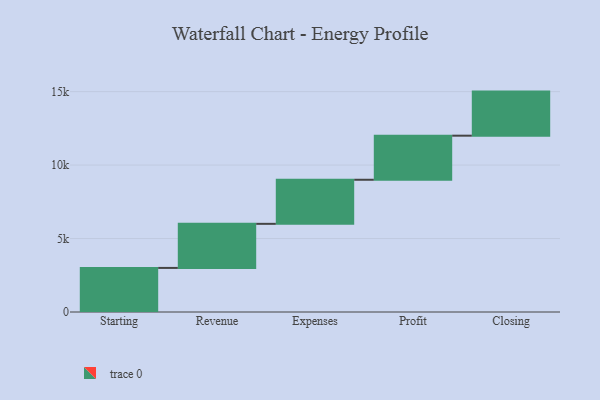
{"axis": {"x": "Step", "y": "Value"}, "legend": [""], "data": [{"x": "Starting", "y": 3000, "type": ""}, {"x": "Revenue", "y": 3000, "type": ""}, {"x": "Expenses", "y": 3000, "type": ""}, {"x": "Profit", "y": 3000, "type": ""}, {"x": "Closing", "y": 3000, "type": ""}]}